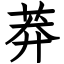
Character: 莽